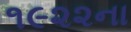
૧૯૨૨ના